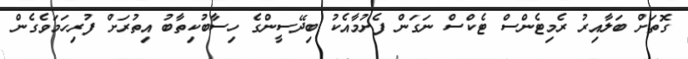
ގޮތަށް ބަލާއިރު ރެމިޓެންސް ޓެކްސް ނަގަން ފެށުމާއެކު ބިދޭސީންގެ ހިސާބުކިތާބު އިތުރަށް ފުރިހަމަވެގެން